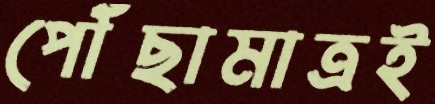
পৌঁছামাত্রই